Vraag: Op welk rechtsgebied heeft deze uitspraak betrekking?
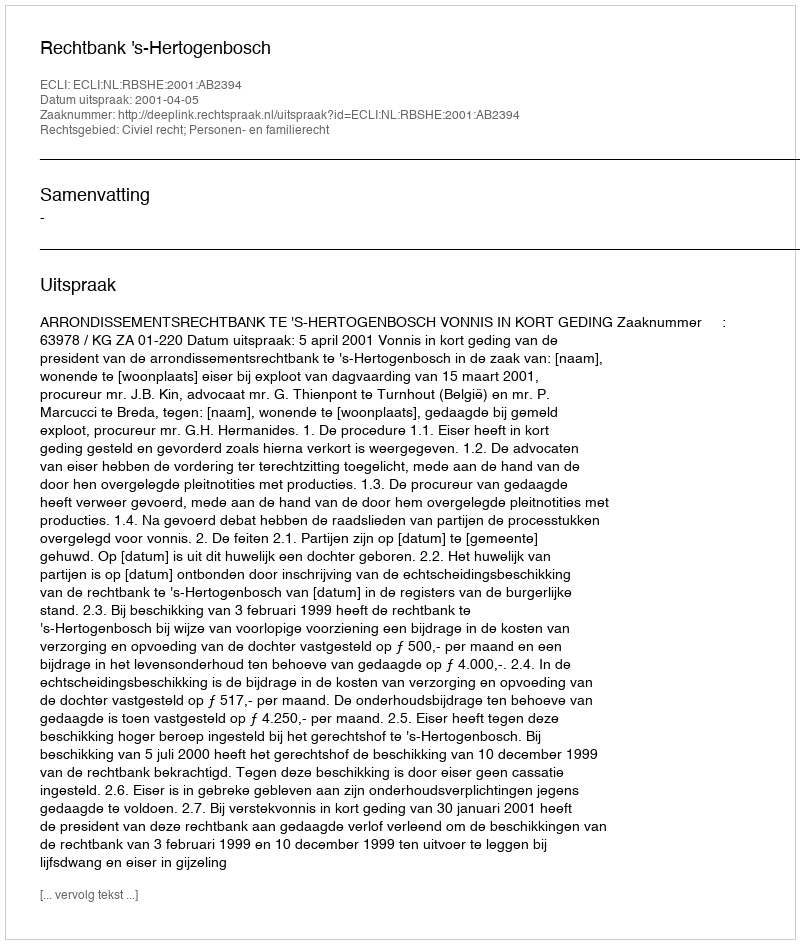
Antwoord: Civiel recht; Personen- en familierecht